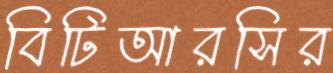
বিটিআরসির